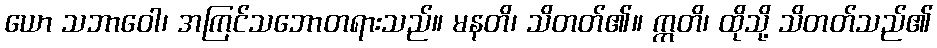
ယော သဘာဝေါ၊ အကြင်သဘောတရားသည်။ မနတိ၊ သိတတ်၏။ ဣတိ၊ ထိုသို့ သိတတ်သည်၏